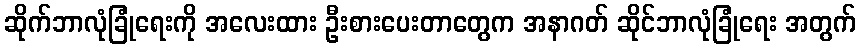
ဆိုက်ဘာလုံခြုံရေးကို အလေးထား ဦးစားပေးတာတွေက အနာဂတ် ဆိုင်ဘာလုံခြုံရေး အတွက်